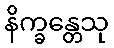
နိက္ခန္တေသု